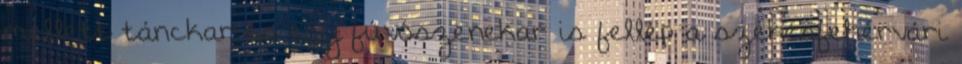
mellett tánckar és egy fúvószenekar is fellép a székesfehérvári